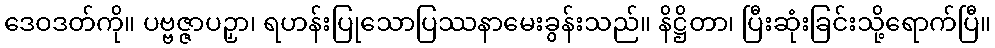
ဒေဝဒတ်ကို။ ပဗ္ဗဇ္ဇာပဉှာ၊ ရဟန်းပြုသောပြဿနာမေးခွန်းသည်။ နိဋ္ဌိတာ၊ ပြီးဆုံးခြင်းသို့ရောက်ပြီ။